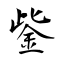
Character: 鈭